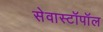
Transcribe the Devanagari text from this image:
सेवास्टॉपॉल